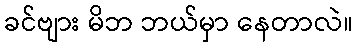
ခင်ဗျား မိဘ ဘယ်မှာ နေတာလဲ။